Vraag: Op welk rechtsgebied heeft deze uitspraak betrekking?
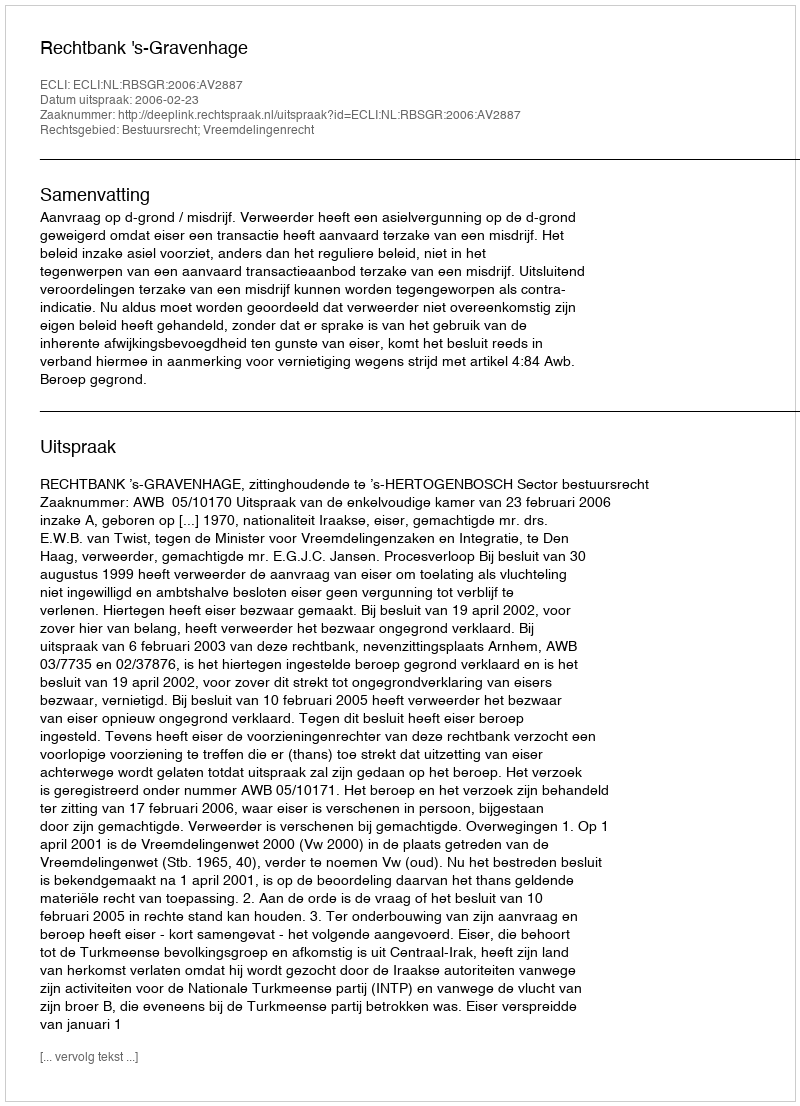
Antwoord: Bestuursrecht; Vreemdelingenrecht